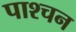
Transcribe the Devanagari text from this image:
पाश्चन